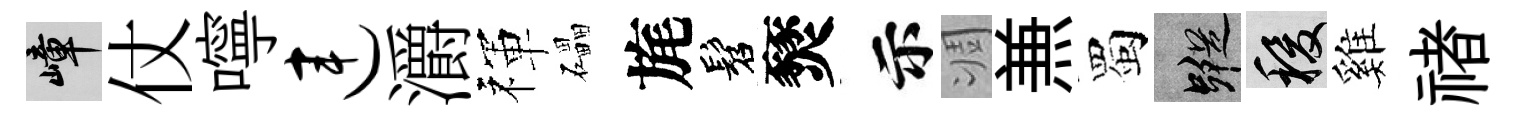
嶂仗嚀连灂禈礧旄髫燹示凋𠔥蜀蹤稷雞禇